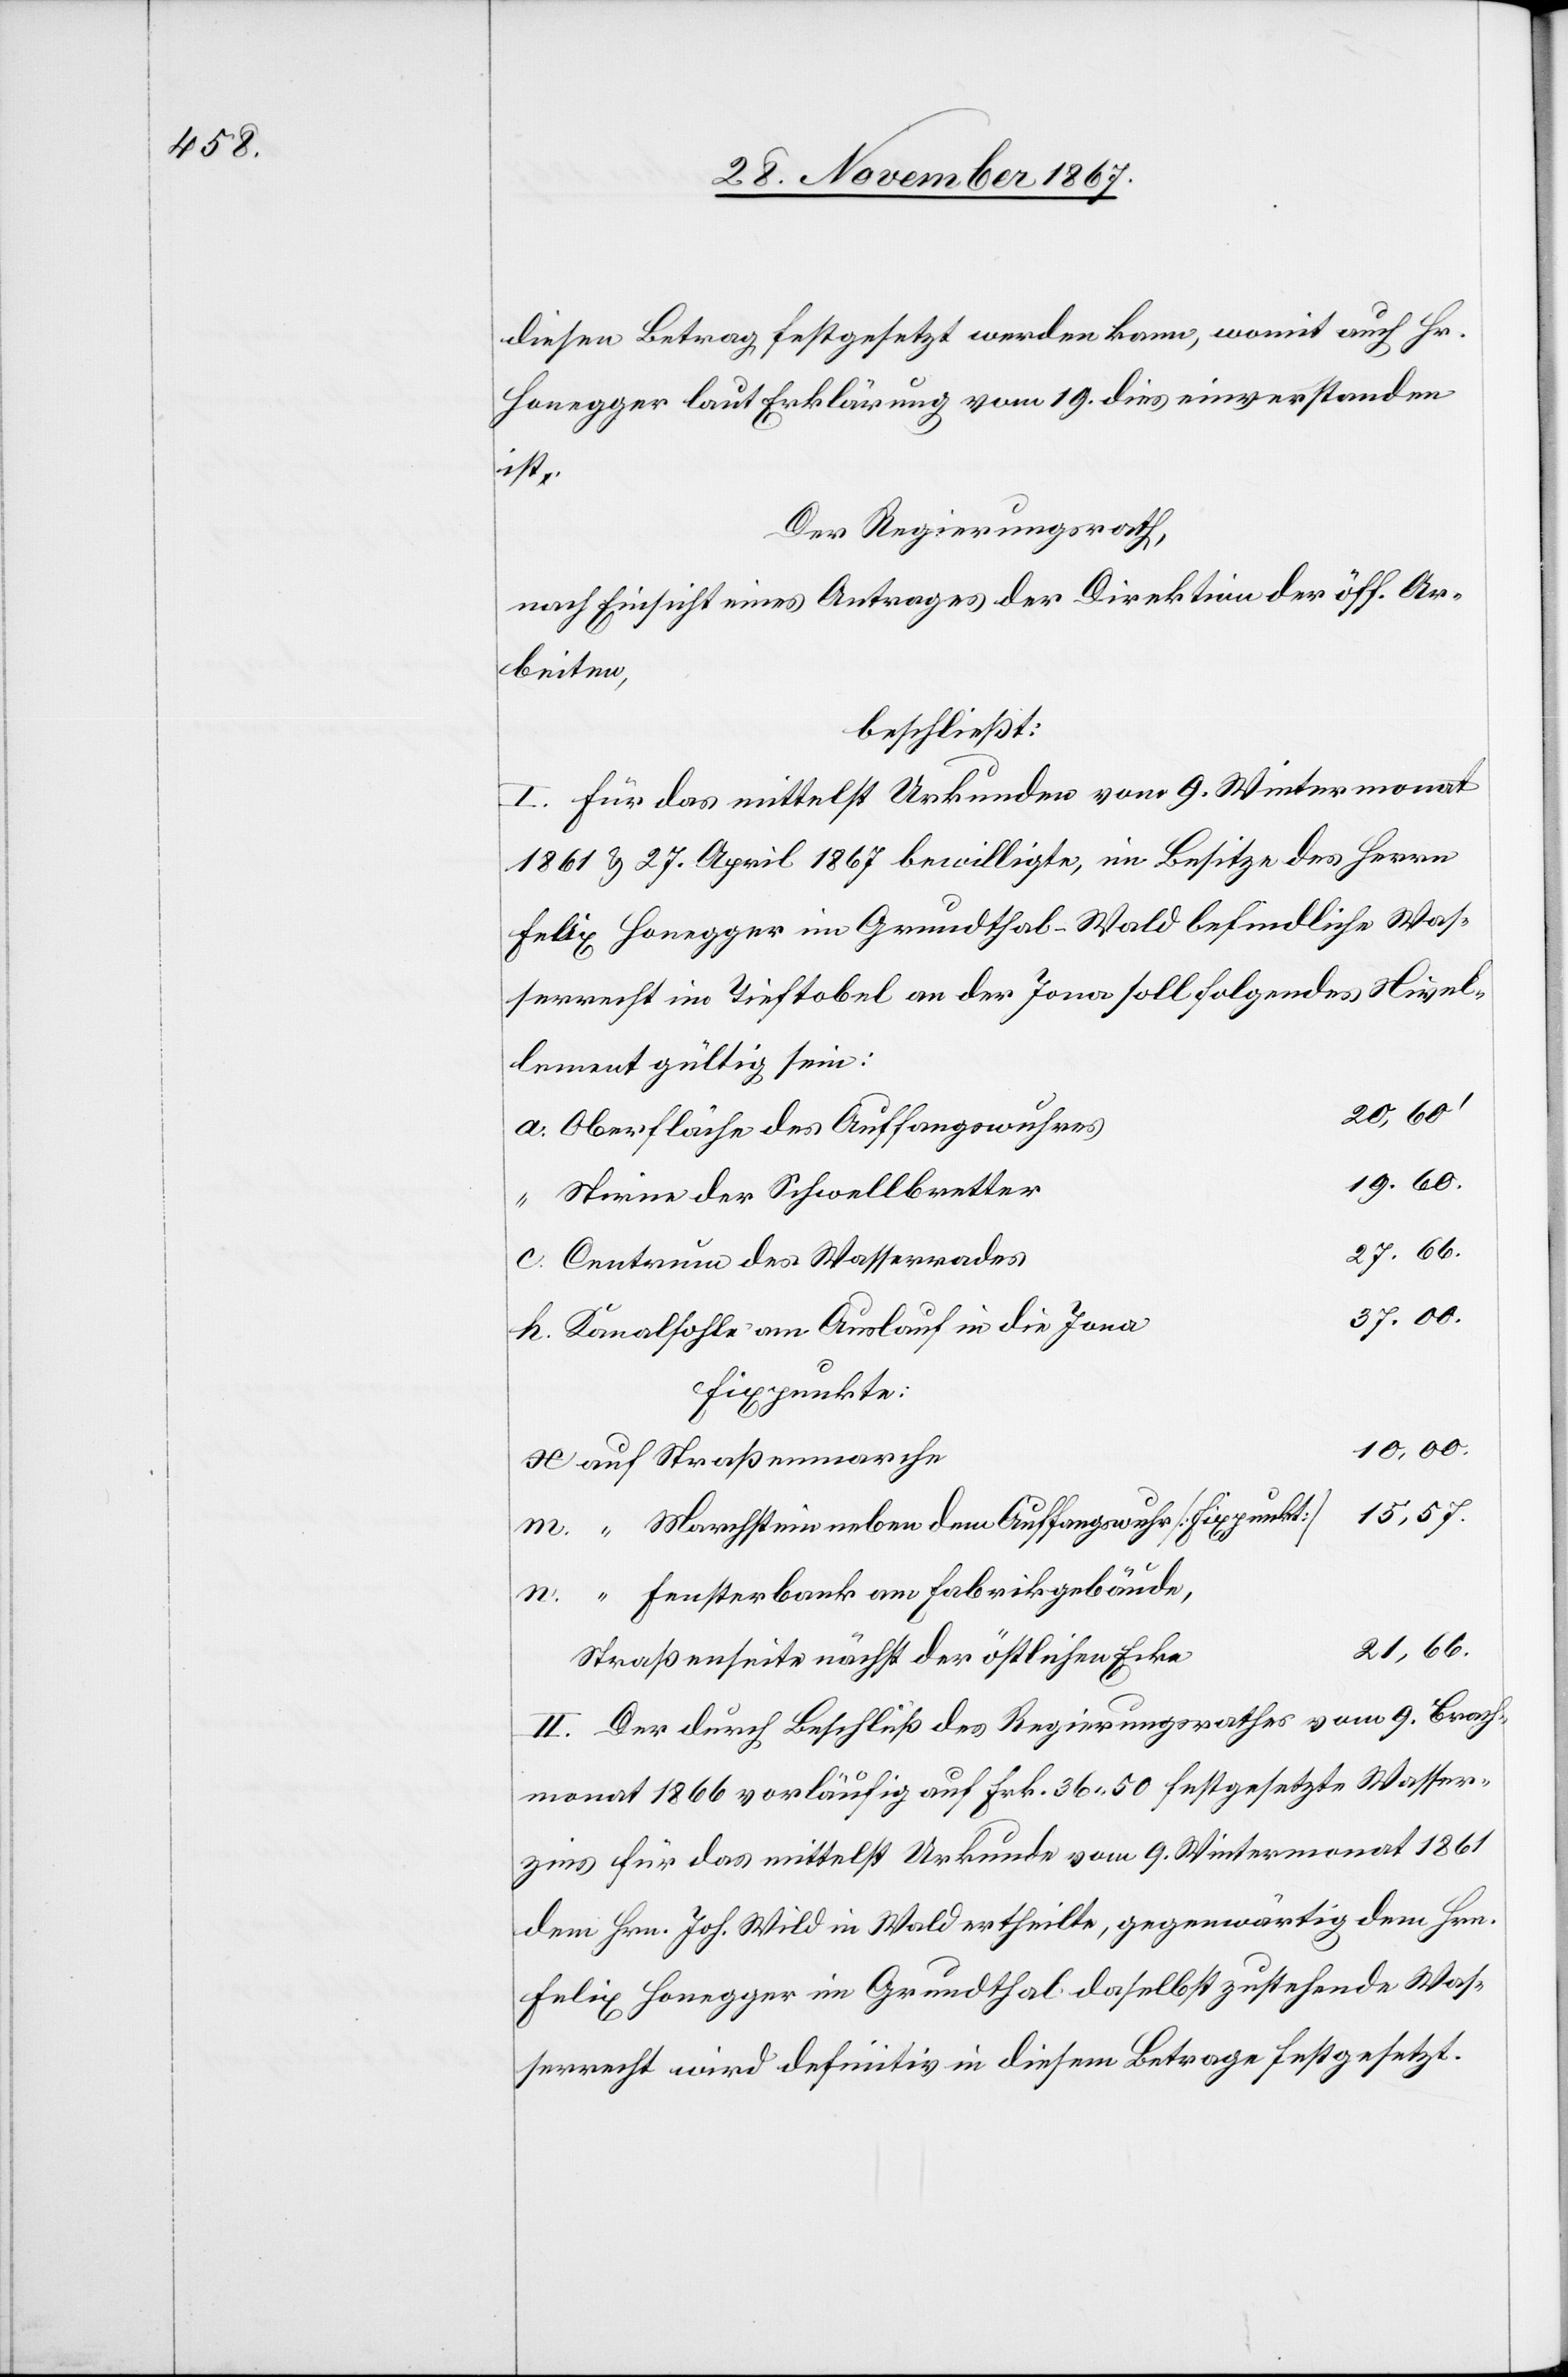
diesen Betrag festgesetzt werden kann, womit auch Hr.
Honegger laut Erklärung vom 19. dies einverstanden
ist.
Der Regierungsrath,
nach Einsicht eines Antrages der Direktion der öff. Ar¬
beiten,
beschließt:
I. Für das mittelst Urkunden vom 9. Wintermonat
1961 & 27. April 1867 bewilligte, im Besitze des Herrn
Felix Honegger im Grundthal-Wald befindliche Was¬
serrecht im Tieftobel an der Jona soll folgendes Nivel¬
lement gültig sein:
20,60‘
Oberfläche des Auffangswuhres
19.60.
Stirne der Schwellbretter
27.66.
Centrum des Wasserrades
37.00.
Kanalsohle am Auslauf in die Jona
Fixpunkte:
10,00
auf Straßenmarche
15,57.
“ Marchstein neben dem Auffangswuhr [Fixpunkt]
“ Fensterbank am Fabrikgebäude,
21,66.
Straßenseits nächst der östlichen Ecke
II. Der durch Beschluß des Regierungsrathes vom 9. Brach¬
monat 1866 vorläufig auf Frk. 36 50 festgesetzte Wasser¬
zins für das mittelst Urkunde vom 9. Wintermonat 1861
dem Hrn. Joh. Wild in Wald ertheilte, gegenwärtig dem Hrn.
Felix Honegger im Grundthal daselbst zustehende Was¬
serrecht wird definitiv in diesem Betrage festgesetzt.